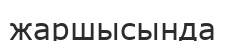
жаршысында